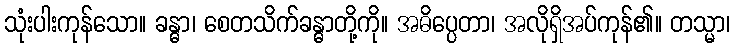
သုံးပါးကုန်သော။ ခန္ဓာ၊ စေတသိက်ခန္ဓာတို့ကို။ အဓိပ္ပေတာ၊ အလိုရှိအပ်ကုန်၏။ တသ္မာ၊